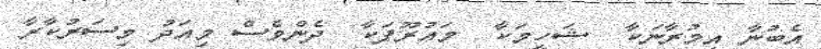
އެބުނާ އިމުރާނަކާ  ޝަހީމަކާ  މައުރޫފަކާ  ދެންވެސް މިއަދު މިސަރުކާރާ